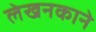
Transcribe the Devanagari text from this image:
लेखनकाने